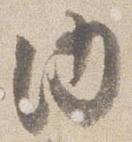
内